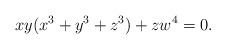
LaTeX: \begin{align*}xy(x^3+y^3+z^3)+zw^4=0.\end{align*}